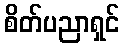
စိတ်ပညာရှင်